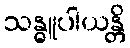
သန္ဓူပါယန္တိ